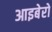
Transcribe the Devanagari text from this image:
आइबेरो